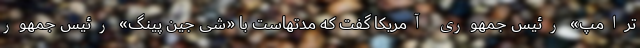
ترامپ» رئیس جمهوری آمریکا گفت که مدتهاست با «شی جین پینگ» رئیس جمهور